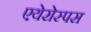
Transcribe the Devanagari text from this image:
एयेरोस्पस